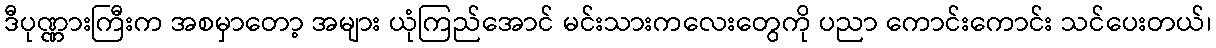
ဒီပုဏ္ဏားကြီးက အစမှာတော့ အများ ယုံကြည်အောင် မင်းသားကလေးတွေကို ပညာ ကောင်းကောင်း သင်ပေးတယ်၊